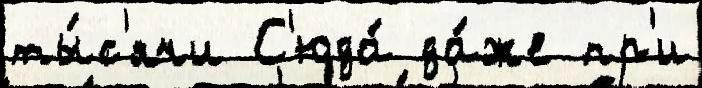
ты́с'ячи С'юда́ да́же пр'и